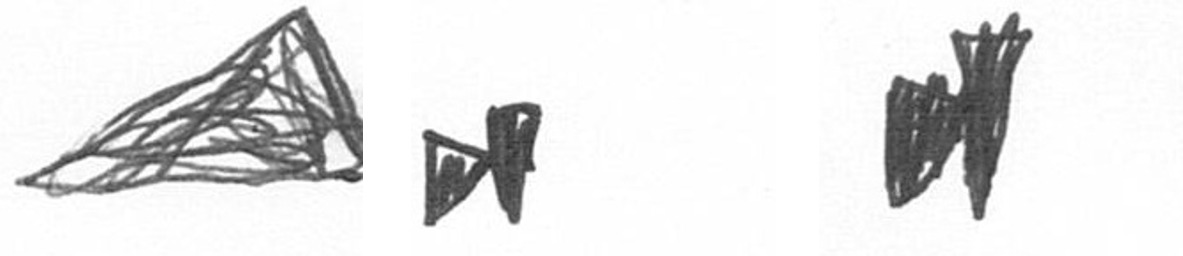
O M M